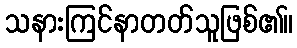
သနားကြင်နာတတ်သူဖြစ်၏။